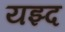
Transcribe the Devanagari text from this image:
यझ्द